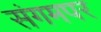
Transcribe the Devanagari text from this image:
संगमपर